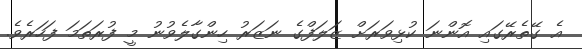
އެ ގޭތެރޭގައި އޮންނަ ކުޅިވަރަށް ޒަލަފްގެ ނަޒަރު ހިންގާލެވުނު މީ ފުރަތަމަ ފަހަރެވެ.